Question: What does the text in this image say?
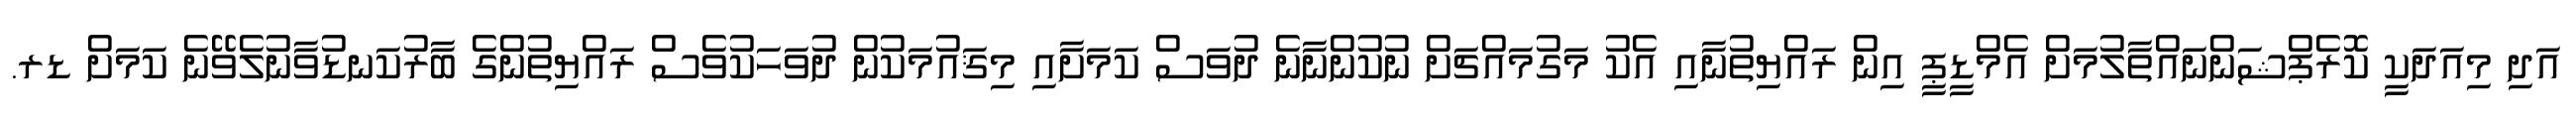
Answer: އަދި މިއަދަކީ ކޮރެޕްޝަންނައްތާލުމަށް އެމްޑީޕީ އިން ރައްޔިތުނާއި އެކު މަގުމައްޗަށް ނުކުންނާނެ ދުވަސް ކަމަށާއި މިޤައުމަކުން ދުވަހަކުވެސް ރައްޔިތުންގެ ބާރުކަނޑުވާނުލެވޭނެ ކަމަށް ޑރ.